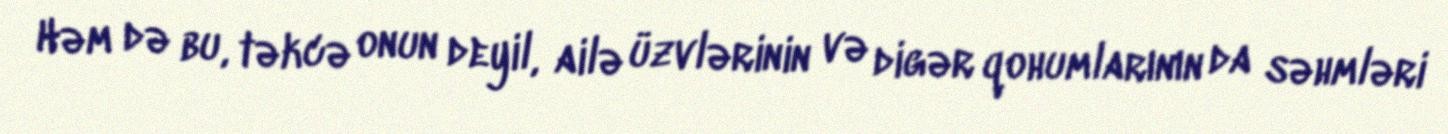
Həm də bu, təkcə onun deyil, ailə üzvlərinin və digər qohumlarının da səhmləri